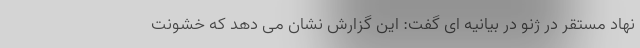
نهاد مستقر در ژنو در بیانیه ای گفت: این گزارش نشان می دهد که خشونت